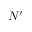
N ^ { \prime }